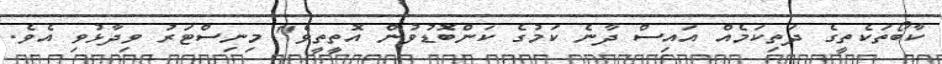
ކާބޯތަކެތީގެ ދަތިކަމެއް އައިސް ދާނެ ކަމުގެ ކަންބޮޑުވުން އޮތީތީވެ" މިނިސްޓަރު ވިދާޅުވި އެވެ.